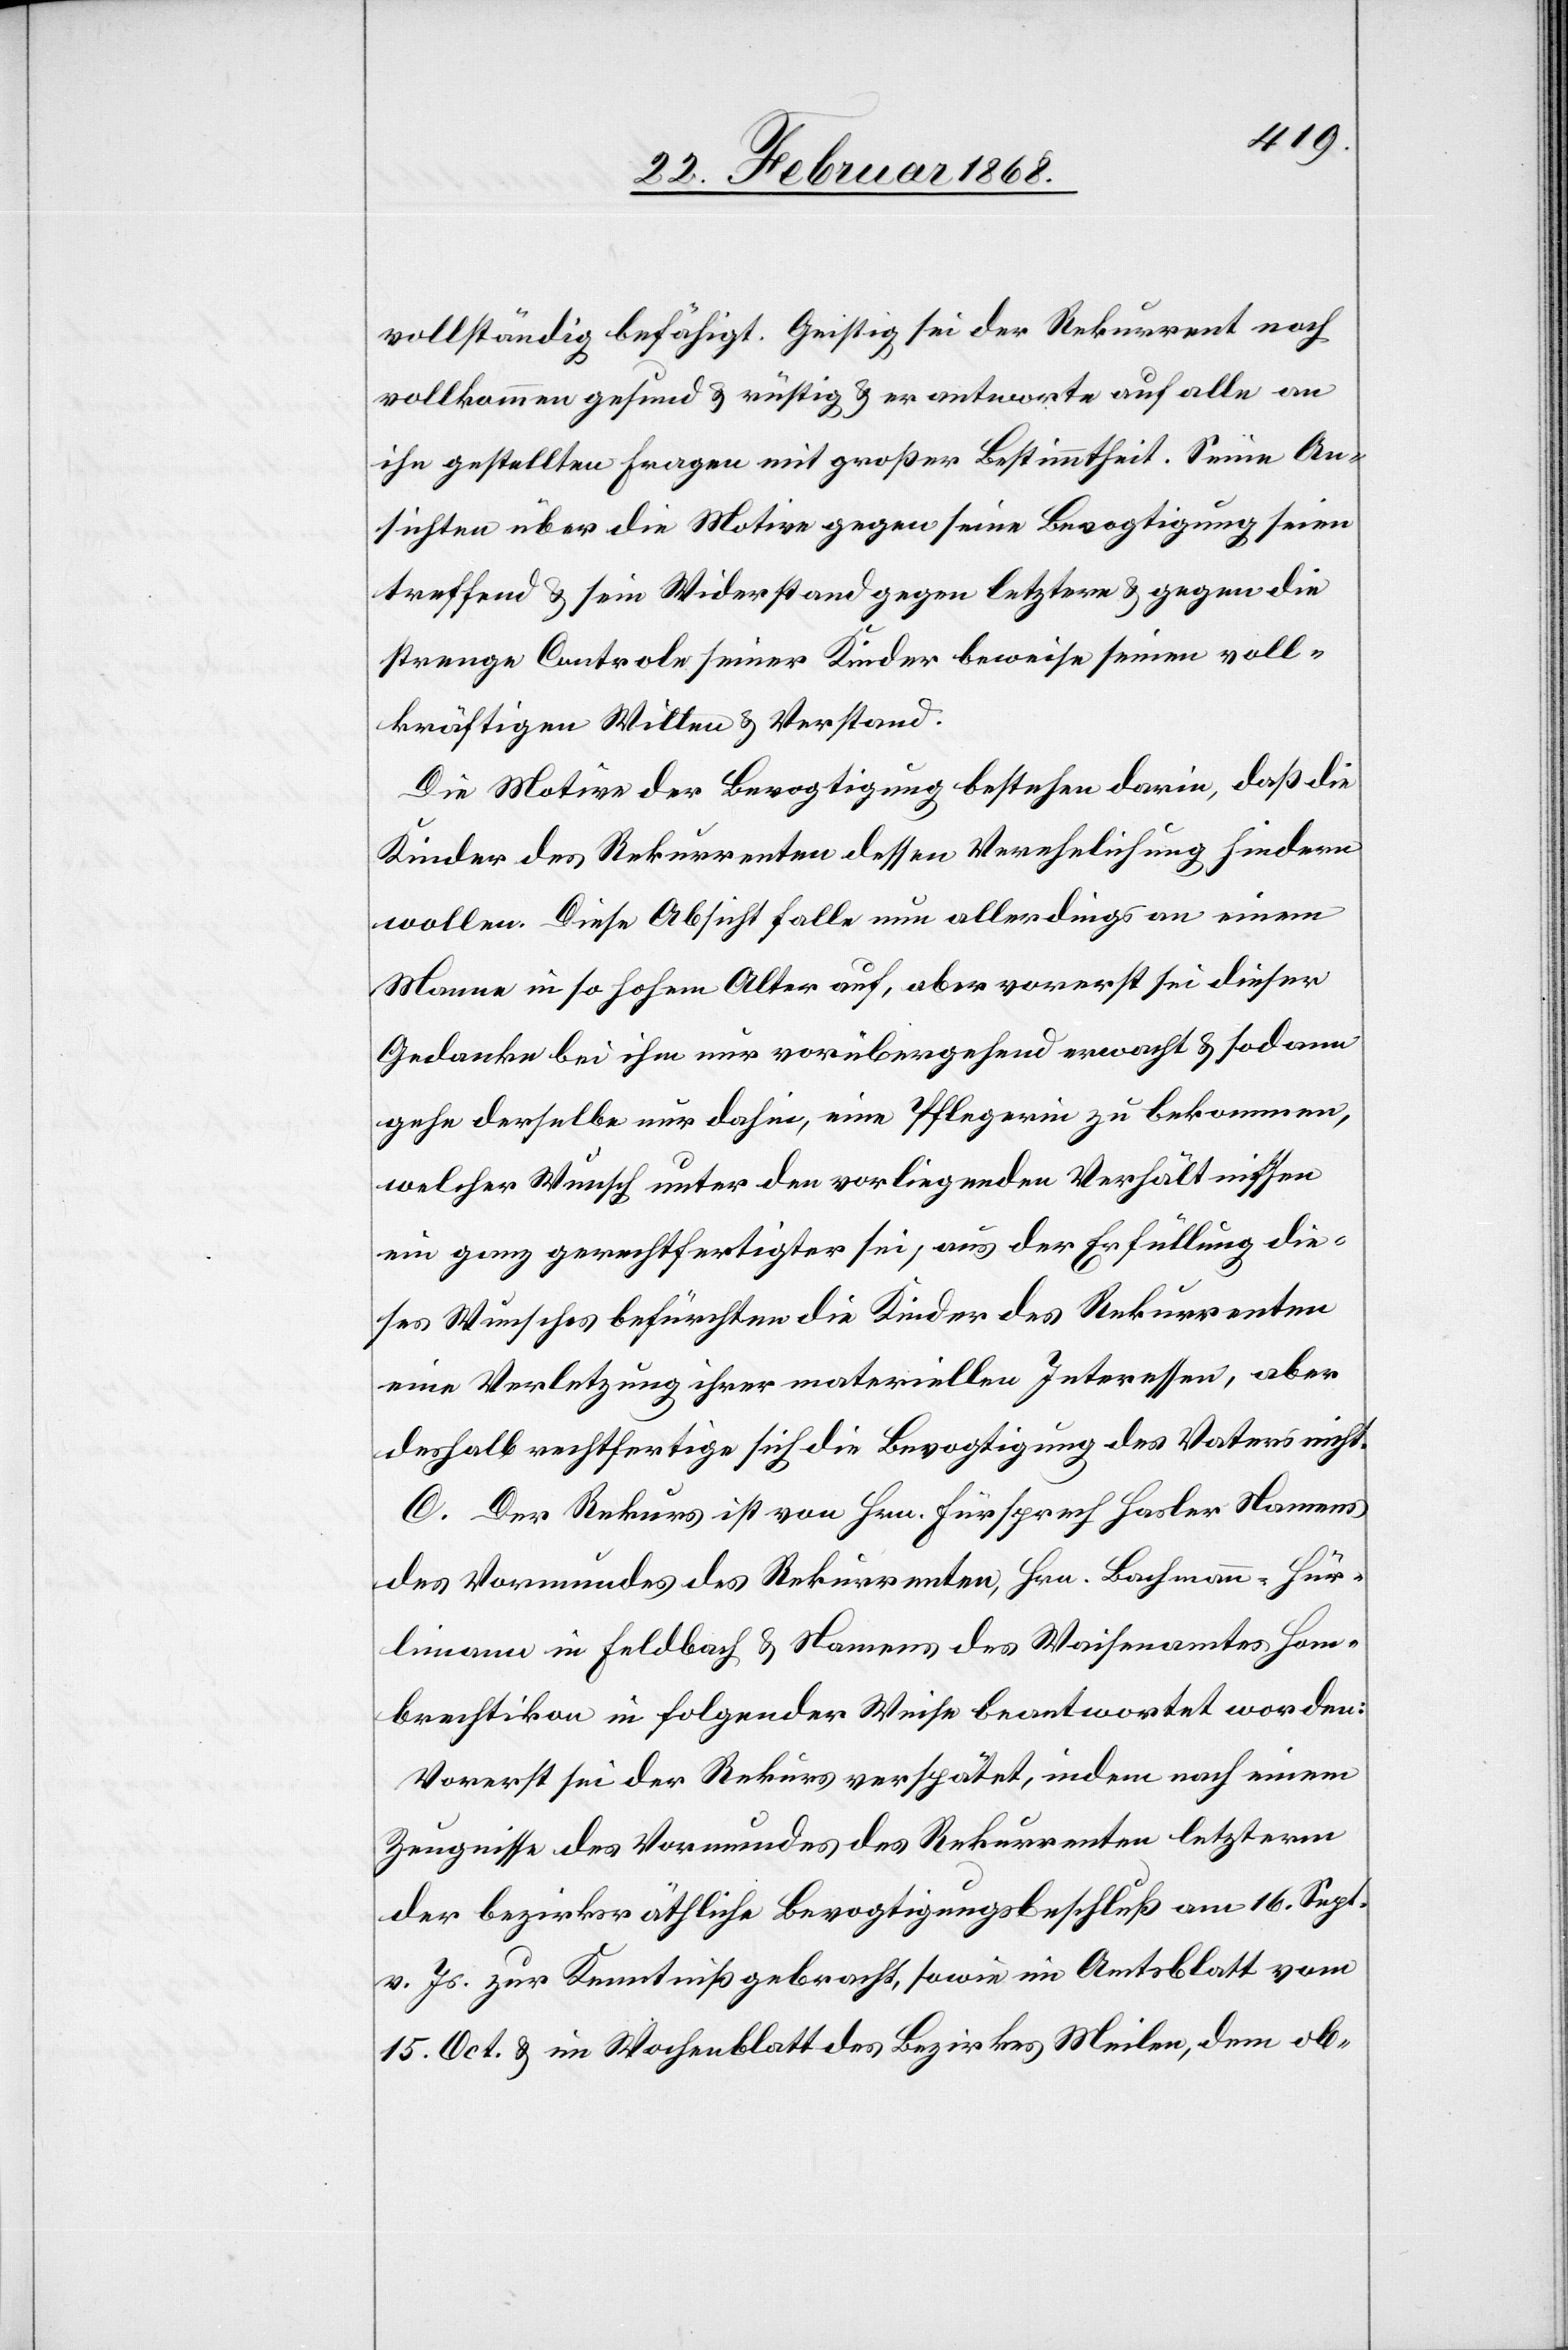
vollständig befähigt. Geistig sei der Rekurrent noch
vollkommen gesund & rüstig & er antworte auf alle an
ihn gestellten Fragen mit großer Bestimmtheit. Seine An¬
sichten über die Motive gegen seine Bevogtigung seien
treffend & sein Widerstand gegen letztere & gegen die
strenge Controle seiner Kinder beweise seinen voll¬
kräftigen Willen & Verstand.
Die Motive der Bevogtigung bestehen darin, daß die
Kinder des Rekurrenten dessen Verehelichung hindern
wollen. Diese Absicht falle nun allerdings an einem
Manne in so hohem Alter auf, aber vorerst sei dieser
Gedanke bei ihm nur vorübergehend erwacht & sodann
gehe derselbe nur dahin, eine Pflegerin zu bekommen,
welcher Wunsch unter den vorliegenden Verhältnissen
ein ganz gerechtfertigter sei; aus der Erfüllung die¬
ses Wunsches befürchten die Kinder des Rekurrenten
eine Verletzung ihrer materiellen Interessen, aber
deshalb rechtfertige sich die Bevogtigung des Vaters nicht.
C. Der Rekurs ist von Hrn. Fürsprech Hasler Namens
des Vormundes des Rekurrenten, Hrn. Bachmann-Hür¬
limann in Feldbach & Namens des Waisenamtes Hom¬
brechtikon in folgender Weise beantwortet worden:
Vorerst sei der Rekurs verspätet, indem nach einem
Zeugnisse des Vormundes des Rekurrenten letzterm
der bezirksräthliche Bevogtigungsbeschluß am 16. Sept.
v. Js. zur Kenntniß gebracht, sowie im Amtsblatt vom
15. Oct. & im Wochenblatt des Bezirkes Meilen, dem ob-